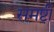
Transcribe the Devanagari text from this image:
समष्टी